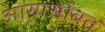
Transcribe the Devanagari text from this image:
आग्रासोबत